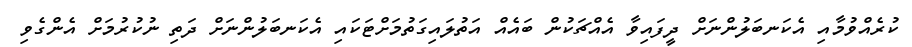
ކުރެއްވުމާއި އެކަނބަލުންނަށް ދީފައިވާ އެއްޗަކުން ބައެއް އަތުލައިގަތުމަށްޓަކައި އެކަނބަލުންނަށް ދަތި ނުކުރުމަށް އެންގެވި